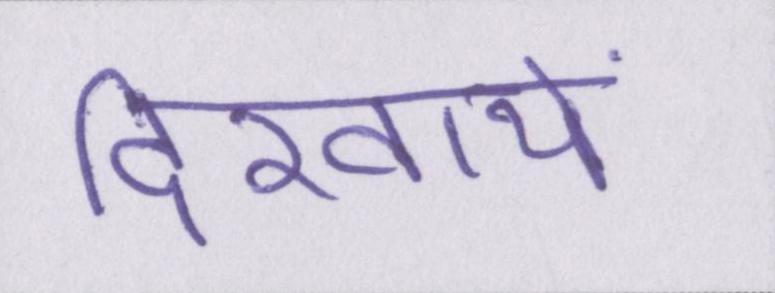
दिखायें